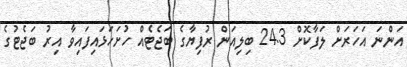
އަންނަ އަހަރަށް ލަފާކޮށް 24.3 ބިލިއަން ރުފިޔާގެ ބަޖެޓެއް ހުށަހަޅައިފައިވާ އިރު ބަޖެޓުގެ